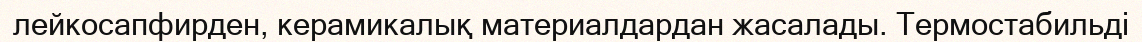
лейкосапфирден, керамикалық материалдардан жасалады. Термостабильді